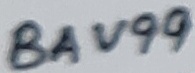
Text: BAV99